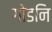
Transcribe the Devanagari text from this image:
गोडनि